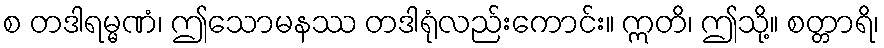
စ တဒါရမ္မဏံ၊ ဤသောမနဿ တဒါရုံလည်းကောင်း။ ဣတိ၊ ဤသို့။ စတ္တာရိ၊